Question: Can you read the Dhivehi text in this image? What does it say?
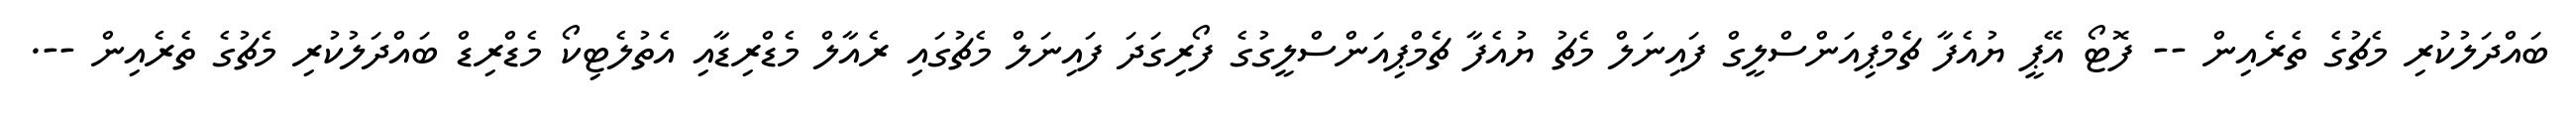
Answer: ބައްދަލުކުރި މެޗުގެ ތެރެއިން -- ފޮޓޯ އޭޕީ ޔުއެފާ ޗެމްޕިއަންސްލީގް ފައިނަލް މެޗު ޔުއެފާ ޗެމްޕިއަންސްލީގުގެ ފޯރިގަދަ ފައިނަލް މެޗުގައި ރެއާލް މެޑްރިޑާއި އެތުލެޓިކޯ މެޑްރިޑް ބައްދަލުކުރި މެޗުގެ ތެރެއިން --.